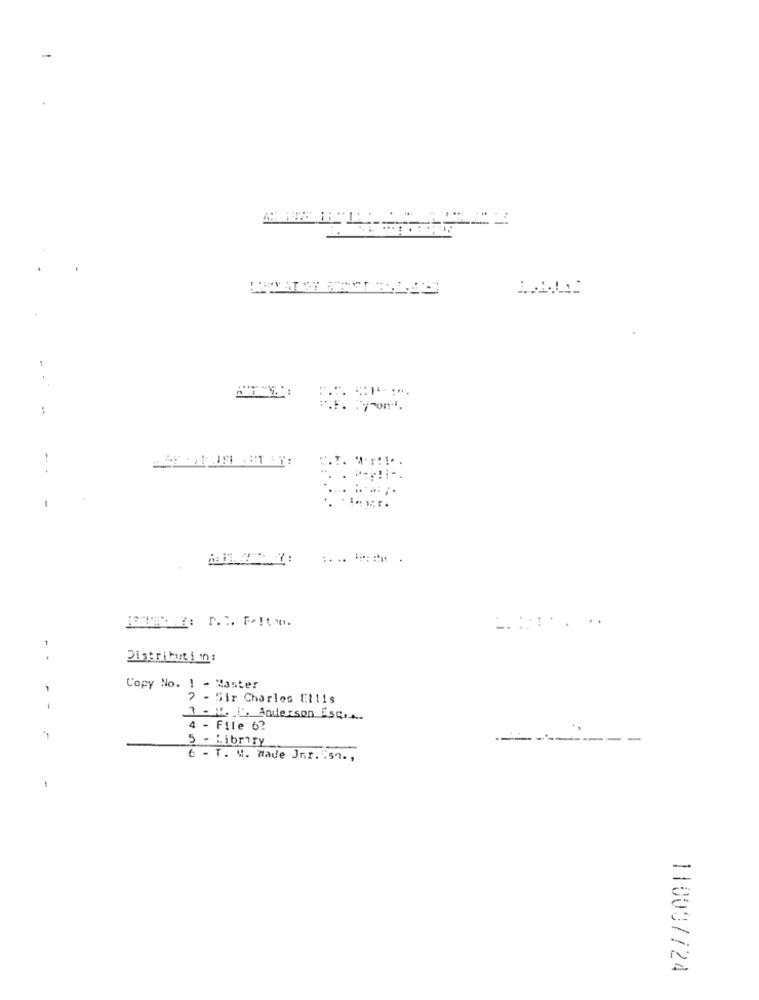
. May!i -.
. .
Distribution:
Copy No. 1 - Master
7 - Sir Charles Ellis
3 . M. I. Anderson Esq ...
4 - File 6?
5 - Libriry
---
6 - T. M. made Jnr. ".s. ,
-
110037/24